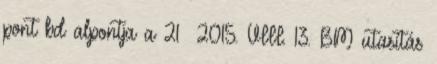
pont bd alpontja a 21 2015. VIII. 13. BM utasítás